Annual report on the health of the army in India
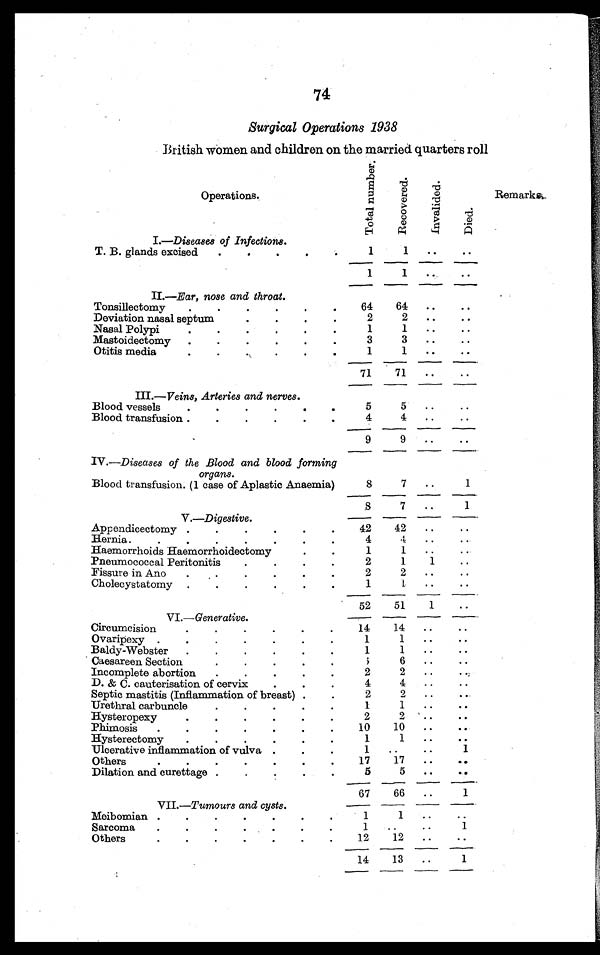
74
Surgical Operations 1938
British women and children on the married quarters roll
Operations.
T o t a l n u m b e r .
R e c o v e r e d .
I n v a l i d e d .
D i e d .
Remarks.
I.—Diseases of Infections.
T. B. glands excised . . .
1
1
. . .
. . .
1
1
. . .
. . .
II.—Ear, n o s e a n d t h r o a t .
Tonsillectomy . . .
64
64
. . .
. . .
D e v i a t i o n n a s a l s e p t u m . . .
2
2
. . . .
. . .
Nasal Polypi . . .
1
1
. . .
. . .
Mastoidectomy . . .
3
3
. . .
. . .
Otitis media . . .
1
1
. . .
. . .
71
71
. . .
. . .
III.—Veins, A r t e r i e s a n d n e r v e s .
Blood vessels . . .
5
5
. . .
. . .
Blood transfusion . . .
4
4
. . .
. . .
9
9
. . .
. . .
IV.—Diseases of the Blood and blood forming
organs.
Blood transfusion. (1 case of Aplastic Anaemia)
8
7
. . .
1
8
7
. . .
1
V.—D i g e s t i v e .
Appendicectomy . . .
42
42
. . .
. . .
Hernia . . .
4
4
. . .
. . .
Haemorrhoids Haemorrhoidectomy . . .
1
1
. . .
. . .
Pneumococcal Peritonitis . . .
2
1
1
. . .
Fissure in Ano . . .
2
2
. . .
. . .
C h o l e c y s t a t o m y . . .
1
1
. . .
. . .
52
51
1
. . .
VI.—G e n e r a t i v e .
Circumcision . . .
1 4
1 4
. . .
. . .
Orvaripexy . . .
1
1
. . .
. . .
Baldy-Webster . . .
1
1
. . .
. . .
Caesarean Section . . .
6
6
. . .
. . .
Incomplete abortion . . .
2
2
. . .
. . .
D. & C. cauterisation of cervix
.
.
.
4
4
. . .
. . .
Septic mastitis (Inflammation of breast) . . .
2
2
. . .
. . .
Urethral carbuncle . . .
1
1
. . .
. . .
Hysteropexy . . .
2
2
. . .
. . .
Phimosis . . .
10
10
. . .
. . .
Hysterectomy . . .
1
1
. . .
. . .
Ulcerative inflammation of vulva . . .
1
. . .
. . .
1
Others . . .
17
17
. . .
. . .
Dilation and curettage . . .
5
5
. . .
. . .
67
66
. . .
1
VII.—Tumours and cysts.
Meibomian . . .
1
1
. . .
. . .
Sarcoma . . .
1
. . .
. . .
1
Others . . .
12
12
. . .
. . .
14
13
. . .
1